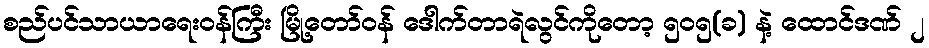
စည်ပင်သာယာရေးဝန်ကြီး မြို့တော်ဝန် ဒေါက်တာရဲလွင်ကိုတော့ ၅၀၅(ခ) နဲ့ ထောင်ဒဏ် ၂